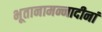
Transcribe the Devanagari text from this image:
भूतानामन्नादीनां